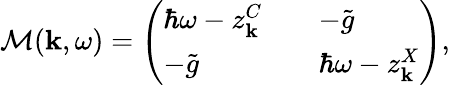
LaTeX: \begin{array}{r}{\mathcal{M}({\mathbf k},\omega)=\left(\begin{array}{lll}{\hbar\omega-z_{\mathbf k}^{C}}&{}&{-\tilde{g}}\\ {-\tilde{g}}&{}&{\hbar\omega-z_{\mathbf k}^{X}}\end{array}\right),}\end{array}